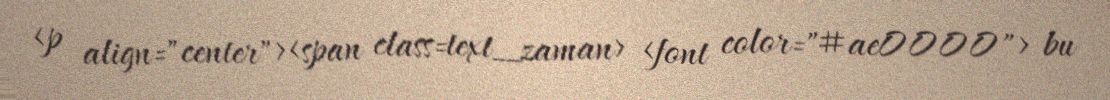
<p align="center"><span class=text_zaman> <font color="#ae0000"> bu